Civil Veterinary Department Bihar & Orissa reports 1922-29 - 1922-1929
Year: 1922
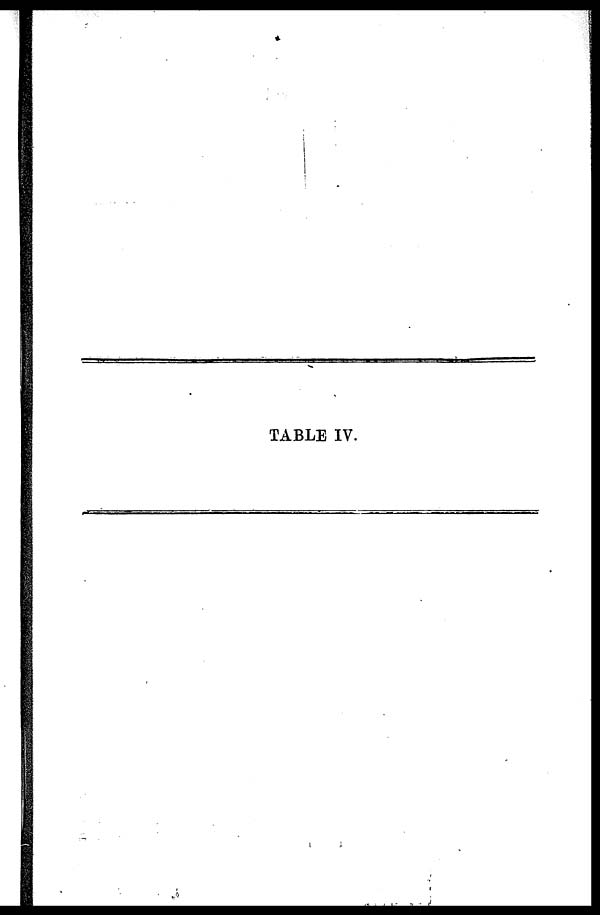
TABLE IV.